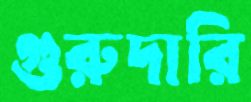
গুরুদারি